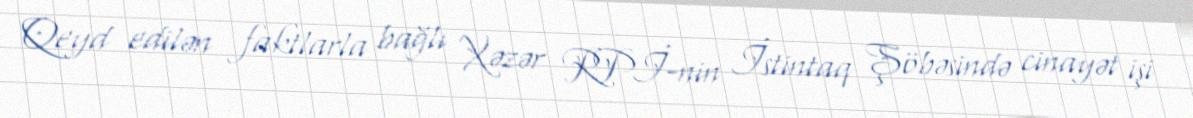
Qeyd edilən faktlarla bağlı Xəzər RPİ-nin İstintaq Şöbəsində cinayət işi